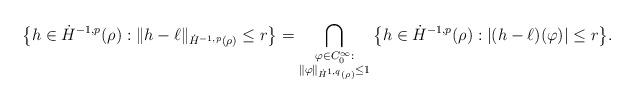
LaTeX: \begin{align*}\big\{ h \in \dot{H}^{-1,p}(\rho) : \| h-\ell \|_{\dot{H}^{-1,p}(\rho)} \le r \big\} = \bigcap_{\substack{\varphi \in C_0^{\infty}: \\\| \varphi \|_{\dot{H}^{1,q}(\rho)} \le 1}} \big\{ h \in \dot{H}^{-1,p}(\rho) : |(h-\ell)(\varphi)| \le r \big\}.\end{align*}